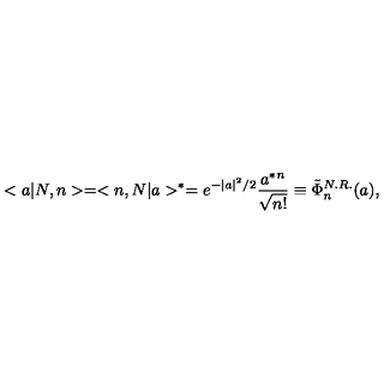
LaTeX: < a | N , n > = < n , N | a > ^ { * } = e ^ { - | a | ^ { 2 } / 2 } \frac { a ^ { * } { } ^ { n } } { \sqrt { n ! } } \equiv \tilde { \Phi } _ { n } ^ { N . R . } ( a ) ,